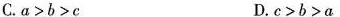
C.$$α > b > c$$ D.$$c > b > a$$